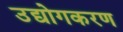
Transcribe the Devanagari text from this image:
उद्योगकरण